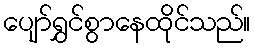
ပျော်ရွှင်စွာနေထိုင်သည်။